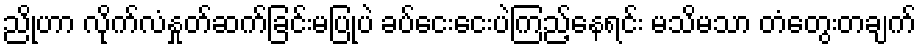
ညိုဟာ လိုက်လံနှုတ်ဆက်ခြင်းမပြုပဲ ခပ်ငေးငေးပဲကြည့်နေရင်း မသိမသာ တံတွေးတချက်